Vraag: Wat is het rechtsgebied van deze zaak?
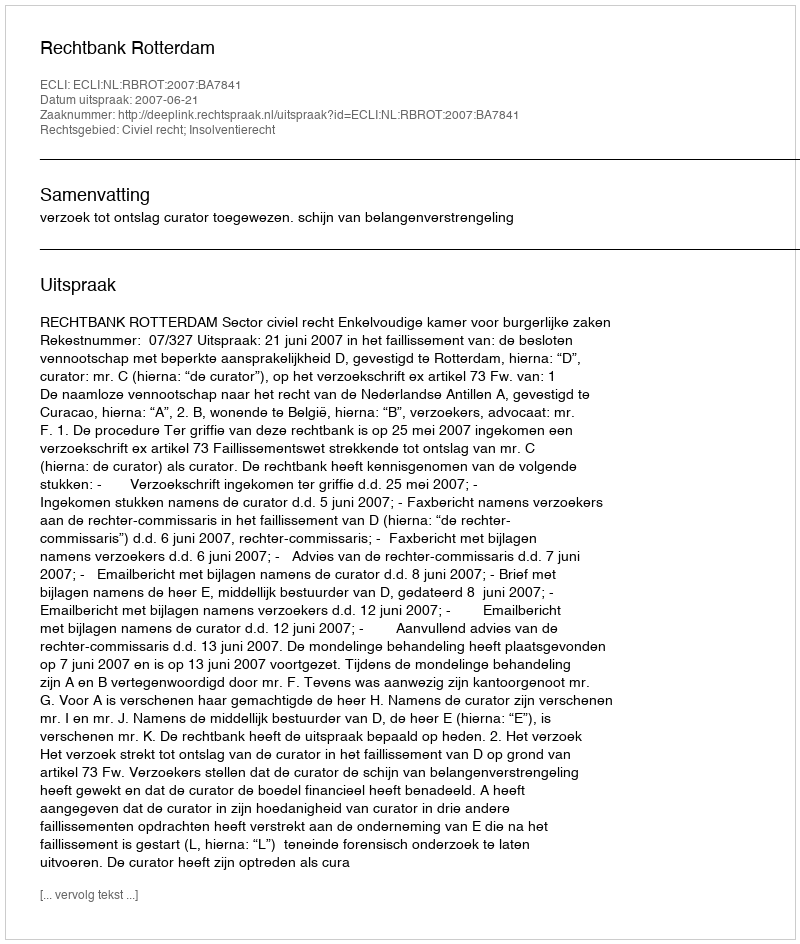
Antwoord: Civiel recht; Insolventierecht